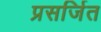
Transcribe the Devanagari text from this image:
प्रसर्जित